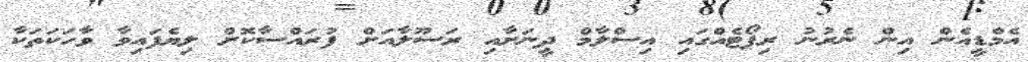
އެމްޑީއެން އިން ނެރުނު ރިޕޯޓެއްގައި އިސްލާމް ދީނަށާއި ރަސޫލާއަށް ފުރައްސާކޮށް ލިޔެފައިވާ ވާހަކަތަކާ